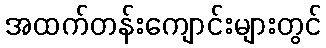
အထက်တန်းကျောင်းများတွင်